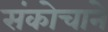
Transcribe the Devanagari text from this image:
संकोचाने